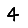
Digit: 4